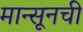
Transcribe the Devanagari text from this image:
मान्सूनची